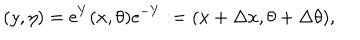
( y , \eta ) = \mathrm { e } ^ { Y } ( x , \theta ) \mathrm { e } ^ { - Y } : = ( x + \Delta x , \theta + \Delta \theta ) ,